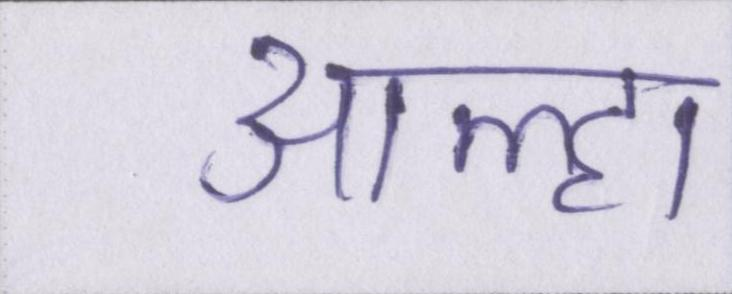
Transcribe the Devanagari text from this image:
आल्हा